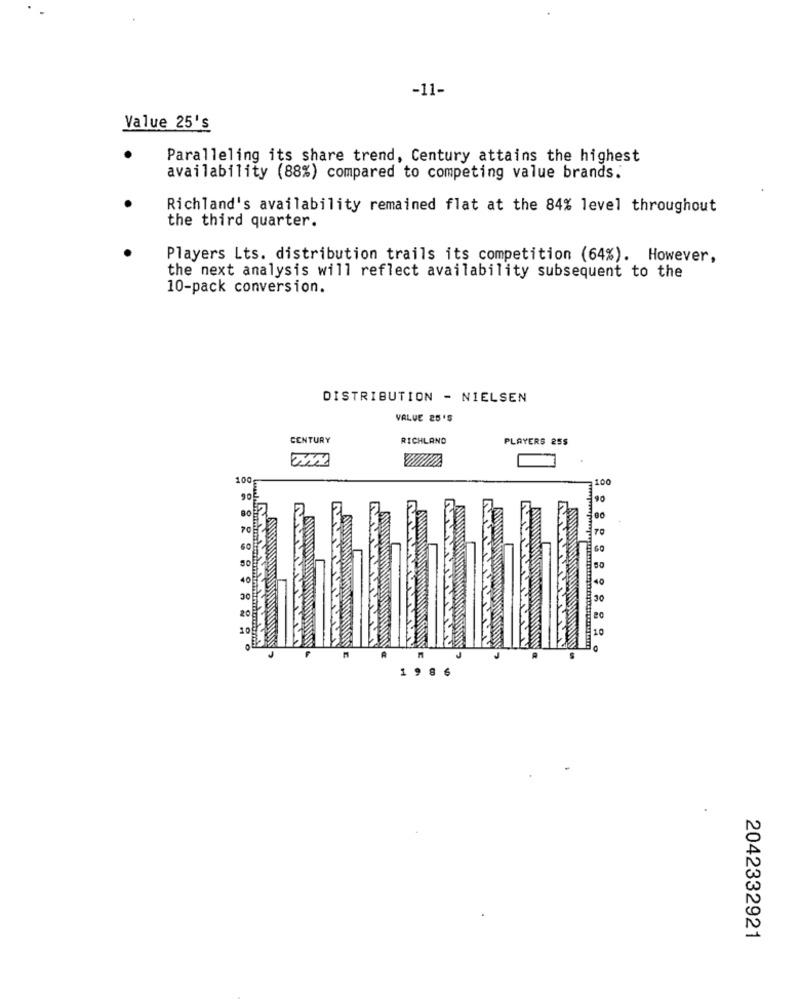
-11-
Value 25's
Paralleling its share trend, Century attains the highest
availability (88%) compared to competing value brands.
Richland's availability remained flat at the 84% level throughout
the third quarter.
Players Lts. distribution trails its competition (64%). However,
the next analysis will reflect availability subsequent to the
10-pack conversion.
DISTRIBUTION - NIELSEN
VALUE 25 'S
CENTURY
RICHLAND
PLAYERS 25$
100
TO
10
30
10
1 9
2042332921